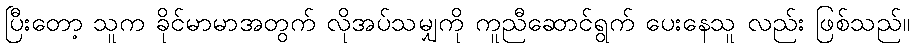
ပြီးတော့ သူက ခိုင်မာမာအတွက် လိုအပ်သမျှကို ကူညီဆောင်ရွက် ပေးနေသူ လည်း ဖြစ်သည်။